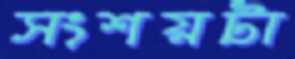
সংশয়টা